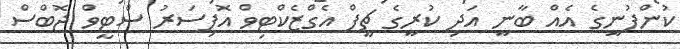
ކުންފުނީގެ އެއް ބާނީ އަދި ކުރީގެ ޗީފް އެގްޒެކްޓިވް އޮފިސަރު ސްޓީވް ޖޮބްސް